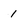
Character: 1